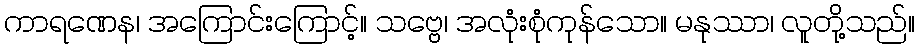
ကာရဏေန၊ အကြောင်းကြောင့်။ သဗ္ဗေ၊ အလုံးစုံကုန်သော။ မနုဿာ၊ လူတို့သည်။